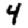
Digit: 4